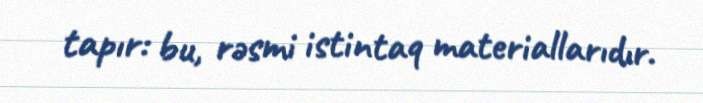
tapır: bu, rəsmi istintaq materiallarıdır.